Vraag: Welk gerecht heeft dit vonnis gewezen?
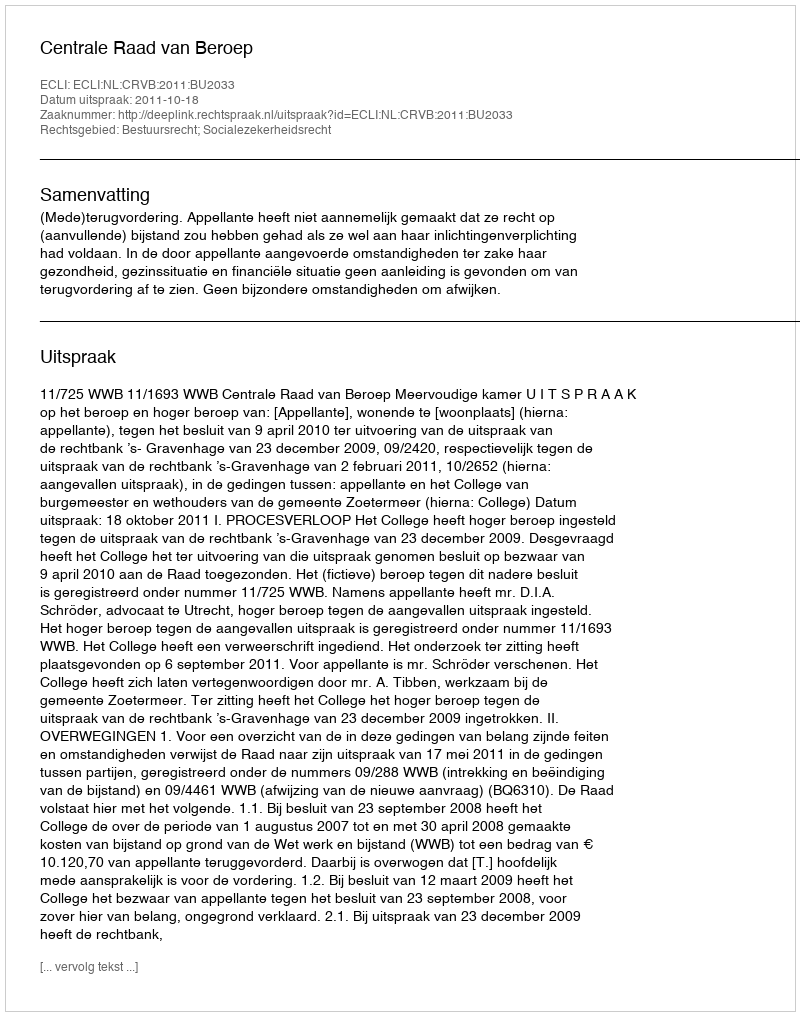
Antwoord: Centrale Raad van Beroep